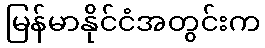
မြန်မာနိုင်ငံအတွင်းက